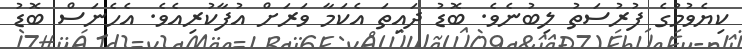
ކިޔެވުމުގެ ފުރުސަތު ލިބުނެވެ. ބޮޑުު ދައިތަ އެކަމާ ވަރަށް އުފާކުރިއެވެ. އެހެނަސް ބޮޑު